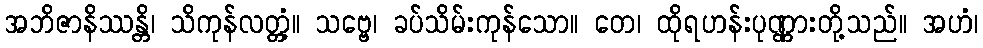
အဘိဇာနိဿန္တိ၊ သိကုန်လတ္တံ့။ သဗ္ဗေ၊ ခပ်သိမ်းကုန်သော။ တေ၊ ထိုရဟန်းပုဏ္ဏားတို့သည်။ အဟံ၊